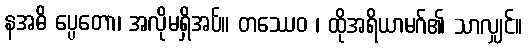
နအဓိ ပ္ပေတော၊ အလိုမရှိအပ်။ တဿေဝ ၊ ထိုအရိယာမဂ်၏ သာလျှင်။